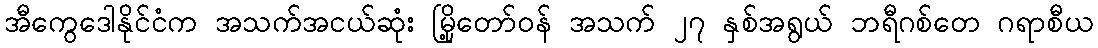
အီကွေဒေါနိုင်ငံက အသက်အငယ်ဆုံး မြို့တော်ဝန် အသက် ၂၇ နှစ်အရွယ် ဘရီဂစ်တေ ဂရာစီယ